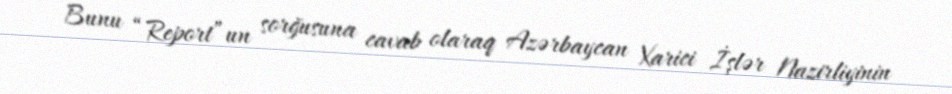
Bunu “Report”un sorğusuna cavab olaraq Azərbaycan Xarici İşlər Nazirliyinin